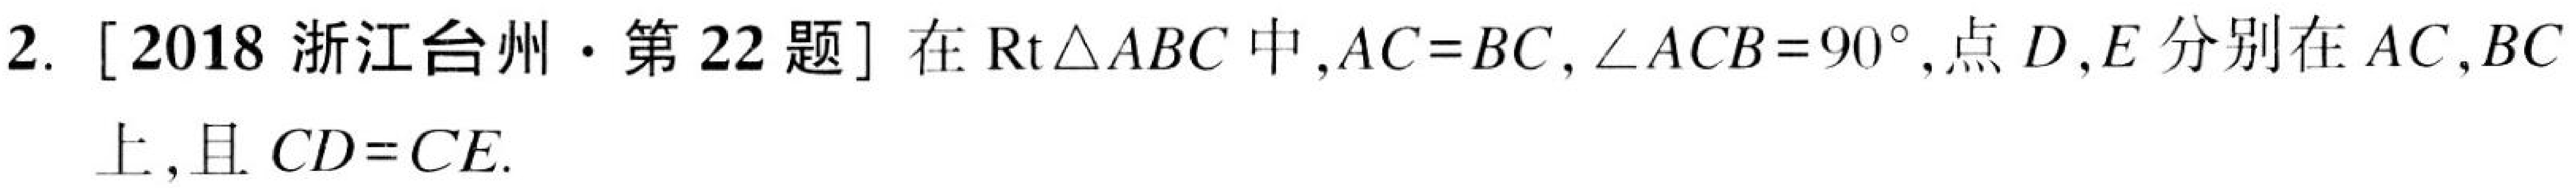
2. [2018 浙江台州·第 22 题] 在$\text{Rt}\triangle ABC$中,$AC = BC$,$\angle ACB = 90^{\circ}$,点$D,E$分别在$AC,BC$上,且$CD = CE$.